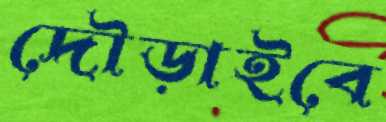
দৌড়াইবে